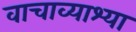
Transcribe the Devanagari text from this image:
वाचाव्याश्या